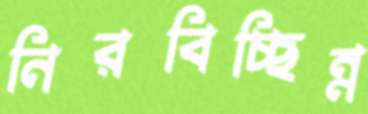
নিরবিচ্ছিন্ন